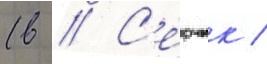
(в // С'ерчик /